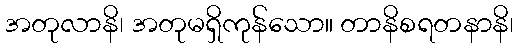
အတုလာနိ၊ အတုမရှိကုန်သော။ တာနိစရတနာနိ၊